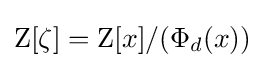
\mathrm {Z} [\zeta ]=\mathrm {Z} [x]/(\Phi _{d}(x))